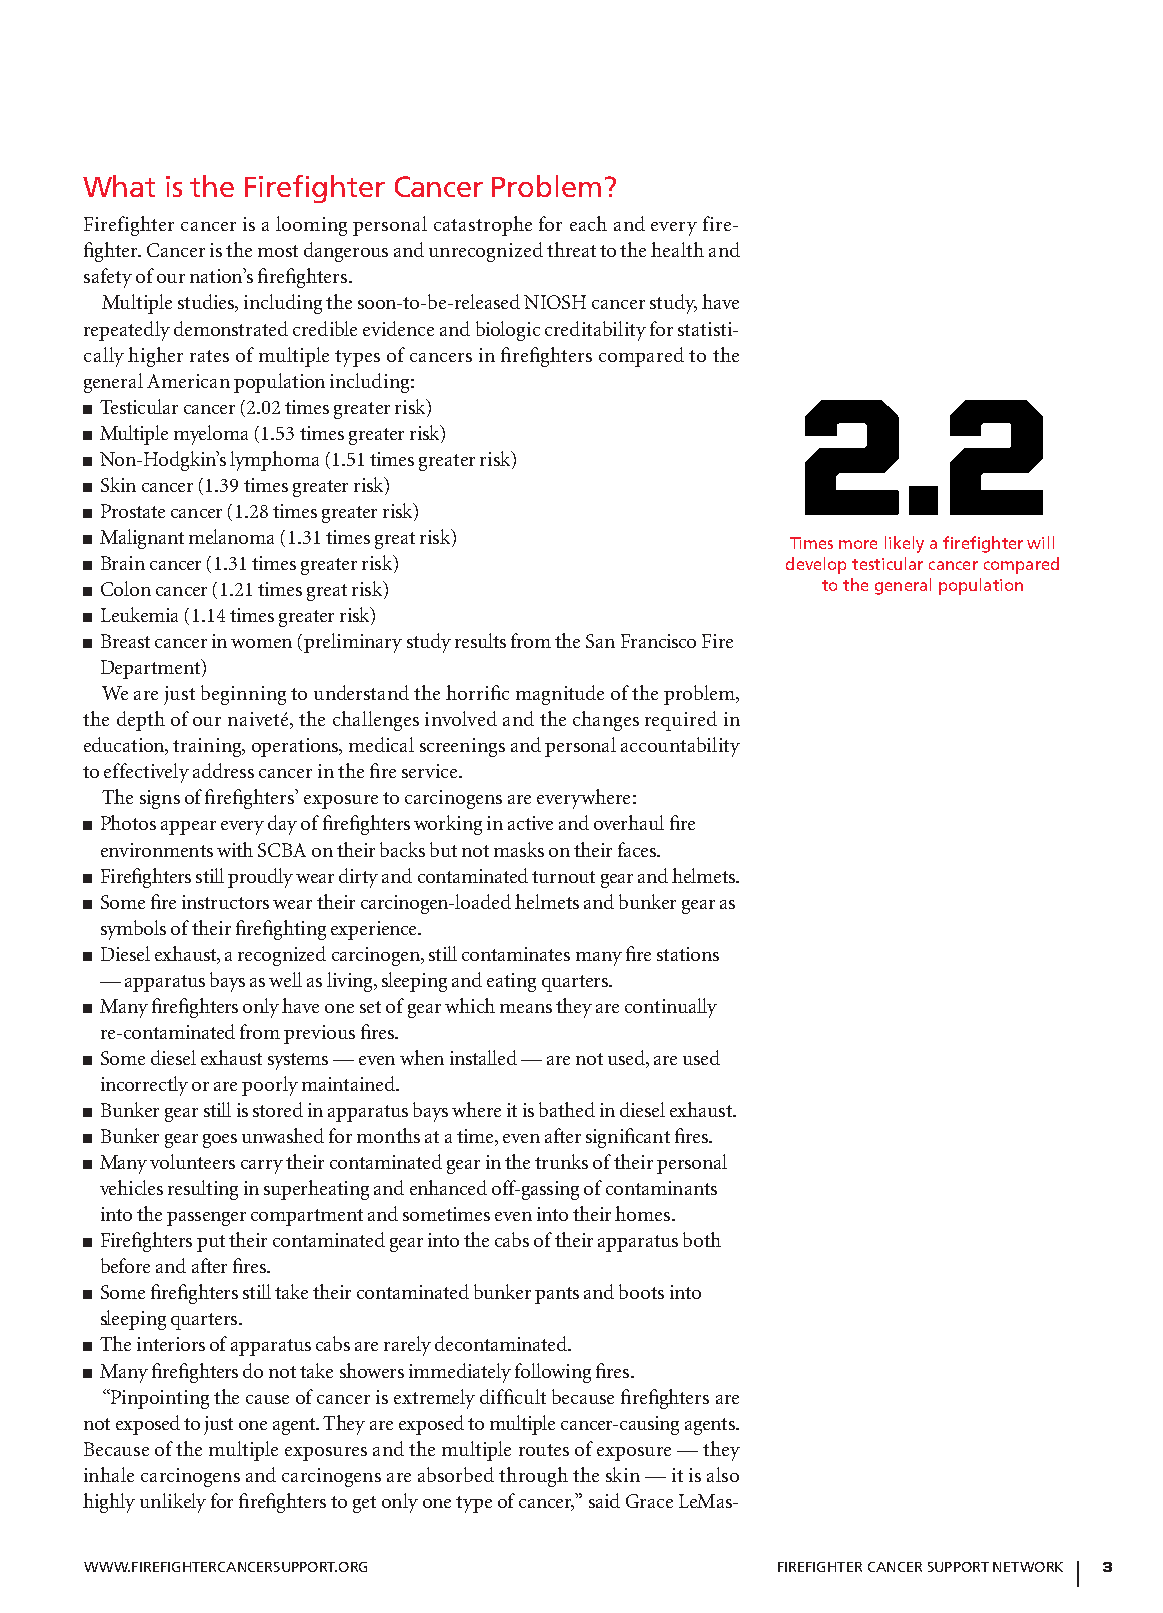
What is the Firefighter cancer Problem?
 Firefighter cancer is a looming personal catastrophe for each and every fire-
 fighter. Cancer is the most dangerous and unrecognized threat to the health and
 safety of our nation’s firefighters.
 Multiple studies, including the soon-to-be-released NIOSH cancer study, have
 repeatedly demonstrated credible evidence and biologic creditability for statisti-
 cally higher rates of multiple types of cancers in firefighters compared to the
 general American population including:         2.2
 ■ Testicular cancer (2.02 times greater risk)
 ■ Multiple myeloma (1.53 times greater risk)
 ■ Non-Hodgkin’s lymphoma (1.51 times greater risk)
 ■ Skin cancer (1.39 times greater risk)
 ■ Prostate cancer (1.28 times greater risk)
 ■ Malignant melanoma (1.31 times great risk)  Times more likely a firefighter will
 ■ Brain cancer (1.31 times greater risk)      develop testicular cancer compared
 ■ Colon cancer (1.21 times great risk)          to the general population
 ■ Leukemia (1.14 times greater risk)
 ■ Breast cancer in women (preliminary study results from the San Francisco Fire
 Department)
 We are just beginning to understand the horrific magnitude of the problem,
 the depth of our naiveté, the challenges involved and the changes required in
 education, training, operations, medical screenings and personal accountability
 to effectively address cancer in the fire service.
 The signs of firefighters’ exposure to carcinogens are everywhere:
 ■ Photos appear every day of firefighters working in active and overhaul fire
 environments with SCBA on their backs but not masks on their faces.
 ■ Firefighters still proudly wear dirty and contaminated turnout gear and helmets.
 ■ Some fire instructors wear their carcinogen-loaded helmets and bunker gear as
 symbols of their firefighting experience.
 ■ Diesel exhaust, a recognized carcinogen, still contaminates many fire stations
 — apparatus bays as well as living, sleeping and eating quarters.
 ■ Many firefighters only have one set of gear which means they are continually
 re-contaminated from previous fires.
 ■ Some diesel exhaust systems — even when installed — are not used, are used
 incorrectly or are poorly maintained.
 ■ Bunker gear still is stored in apparatus bays where it is bathed in diesel exhaust.
 ■ Bunker gear goes unwashed for months at a time, even after significant fires.
 ■ Many volunteers carry their contaminated gear in the trunks of their personal
 vehicles resulting in superheating and enhanced off-gassing of contaminants
 into the passenger compartment and sometimes even into their homes.
 ■ Firefighters put their contaminated gear into the cabs of their apparatus both
 before and after fires.
 ■ Some firefighters still take their contaminated bunker pants and boots into
 sleeping quarters.
 ■ The interiors of apparatus cabs are rarely decontaminated.
 ■ Many firefighters do not take showers immediately following fires.
 “Pinpointing the cause of cancer is extremely difficult because firefighters are
 not exposed to just one agent. They are exposed to multiple cancer-causing agents.
 Because of the multiple exposures and the multiple routes of exposure — they
 inhale carcinogens and carcinogens are absorbed through the skin — it is also
 highly unlikely for firefighters to get only one type of cancer,” said Grace LeMas-
 WWW.FiReFigHTeRcAnceRSuPPoRT.oRg             FiReFigHTeR cAnceR SuPPoRT neTWoRk 3